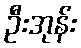
ဦးအုန်း